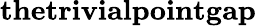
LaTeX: \textbf{thetrivialpointgap}